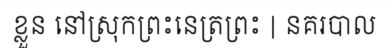
ខ្លួន នៅស្រុកព្រះនេត្រព្រះ | នគរបាល